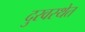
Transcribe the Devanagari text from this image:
दुरवस्थेत